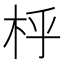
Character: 㭔